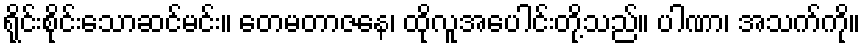
ရိုင်းစိုင်းသောဆင်မင်း။ တေမတာဇနေ၊ ထိုလူအပေါင်းတို့သည်။ ပါဏာ၊ အသက်ကို။